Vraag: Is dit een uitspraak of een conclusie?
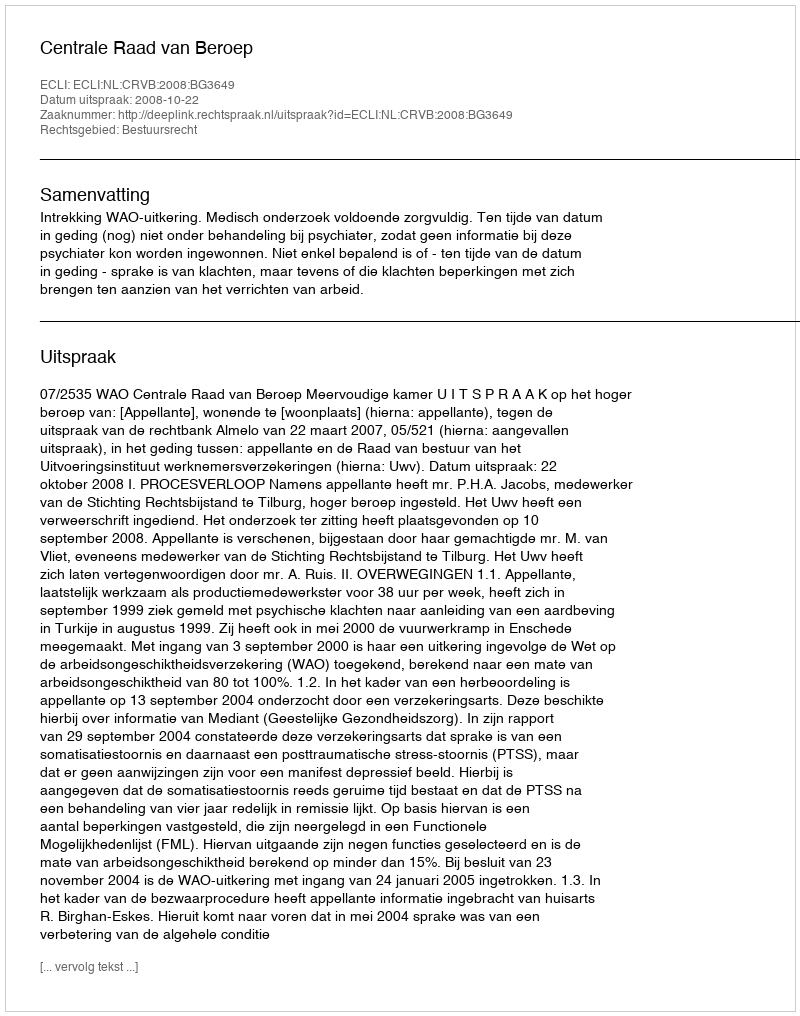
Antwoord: Uitspraak